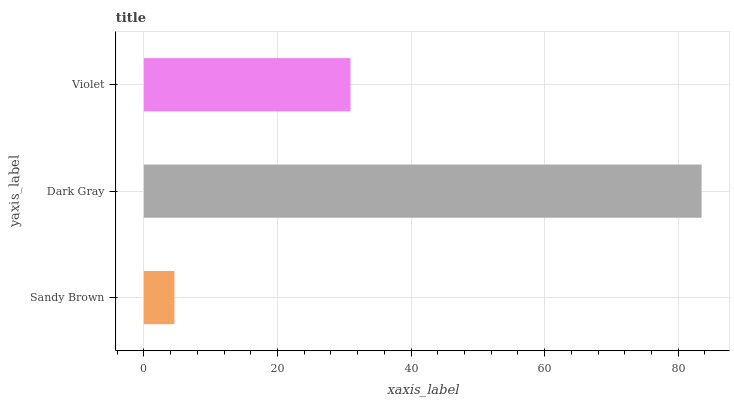
| yaxis_label | bars |
 | --- | --- |
 | Sandy Brown | 4.58 |
 | Dark Gray | 83.5 |
 | Violet | 30.9 |